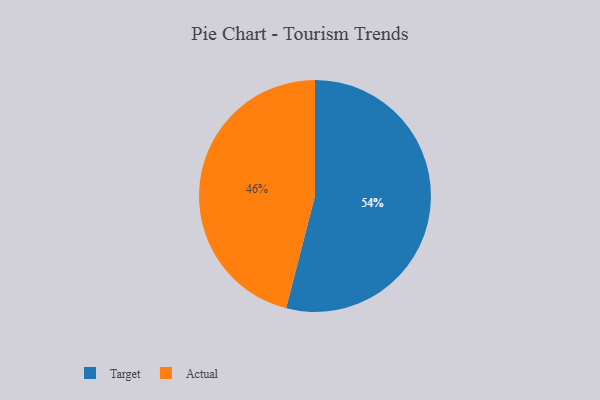
{"axis": {"x": "Category", "y": "Percentage"}, "legend": ["Actual", "Target"], "data": [{"x": "Actual", "y": 46, "type": "Actual"}, {"x": "Target", "y": 54, "type": "Target"}]}